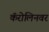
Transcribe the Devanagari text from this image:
कॅरोलिनवर